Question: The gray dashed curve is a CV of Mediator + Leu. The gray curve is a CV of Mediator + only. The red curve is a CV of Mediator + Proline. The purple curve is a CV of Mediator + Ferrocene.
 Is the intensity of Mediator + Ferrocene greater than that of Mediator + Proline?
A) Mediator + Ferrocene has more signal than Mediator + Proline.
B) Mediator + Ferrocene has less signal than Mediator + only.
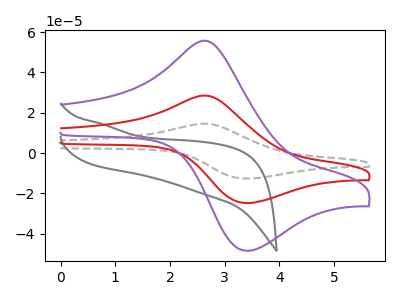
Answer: <think>The gray dashed curve "Mediator + Leu" has an anodic peak at (2.70V, 56.70uA) and a cathodic peak at (3.40V, -49.65uA). The gray curve "Mediator + only" has no peaks. The red curve "Mediator + Proline" has an anodic peak at (2.70V, 28.35uA) and a cathodic peak at (3.40V, -24.85uA). The purple curve "Mediator + Ferrocene" has an anodic peak at (2.70V, 55.40uA) and a cathodic peak at (3.40V, -48.50uA).
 All the peaks in "Mediator + Ferrocene" have a peak in "Mediator + Proline" at the same potential. Every peak in "Mediator + Ferrocene" is higher than every peak in "Mediator + Proline".</think>
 <answer>A) "Mediator + Ferrocene" has more signal than "Mediator + Proline".</answer>
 <eval>A</eval>